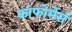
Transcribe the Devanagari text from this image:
कांफोर्मेर्स